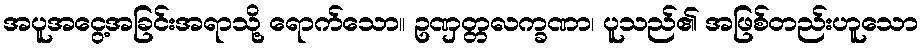
အပူအငွေ့အခြင်းအရာသို့ ရောက်သော။ ဥဏှတ္တလက္ခဏာ၊ ပူသည်၏ အဖြစ်တည်းဟူသော